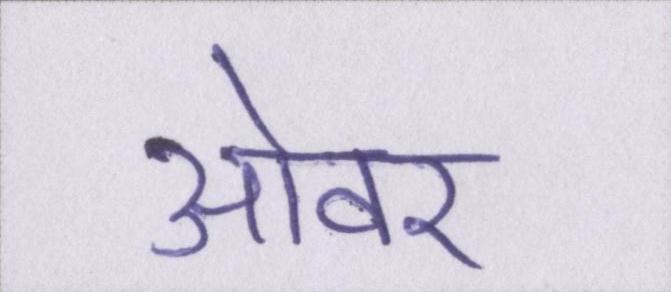
ओवर